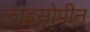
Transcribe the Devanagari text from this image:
लाइसोपीन